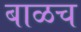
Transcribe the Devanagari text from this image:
बाळच